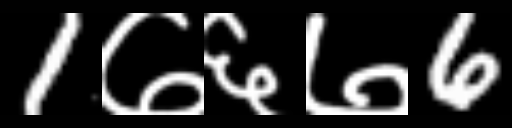
Text: 1७६७6